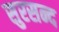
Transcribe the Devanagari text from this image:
सुरसन्द